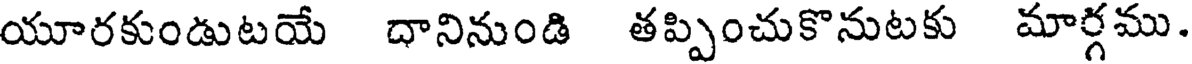
యూరకుండుటయే దానినుండి తప్పించుకొనుటకు మార్గము.